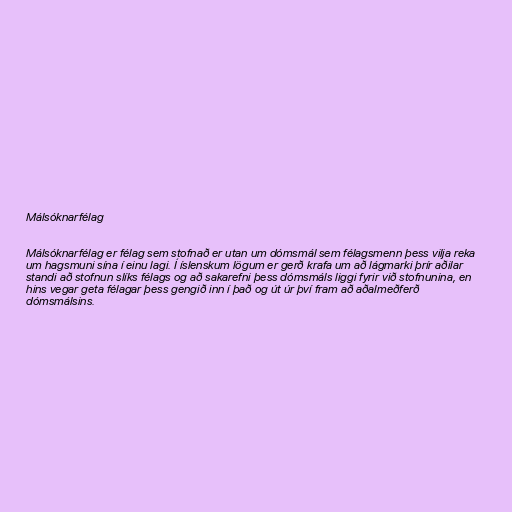
Málsóknarfélag

Málsóknarfélag er félag sem stofnað er utan um dómsmál sem félagsmenn þess vilja reka
um hagsmuni sína í einu lagi. Í íslenskum lögum er gerð krafa um að lágmarki þrír aðilar
standi að stofnun slíks félags og að sakarefni þess dómsmáls liggi fyrir við stofnunina, en
hins vegar geta félagar þess gengið inn í það og út úr því fram að aðalmeðferð
dómsmálsins.